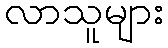
လာသူများ